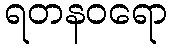
ရတနဝရော